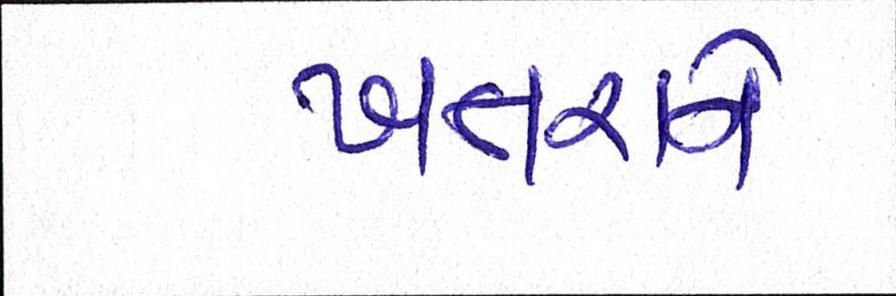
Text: ખતરાને